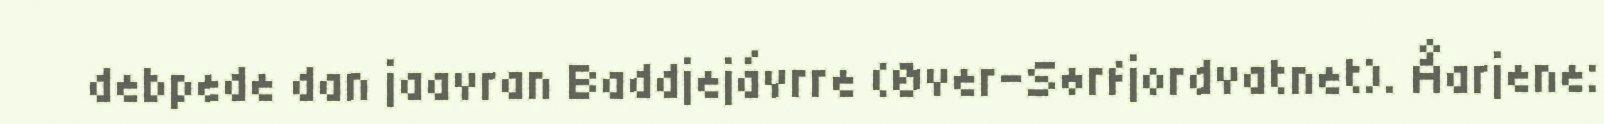
debpede dan jaavran Baddjejávrre (Øver-Sørfjordvatnet). Åarjene: